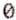
0